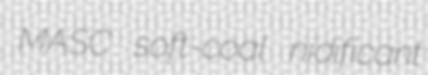
MASC soft-coal nidificant